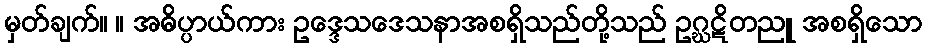
မှတ်ချက်။ ။ အဓိပ္ပာယ်ကား ဥဒ္ဒေသဒေသနာအစရှိသည်တို့သည် ဥဂ္ဃဋိတညူ အစရှိသော